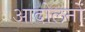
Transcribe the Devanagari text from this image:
आदोलनों